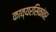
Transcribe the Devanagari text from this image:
काव्यरसिकांवर